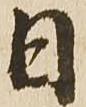
日